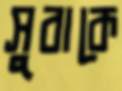
সুবাকে